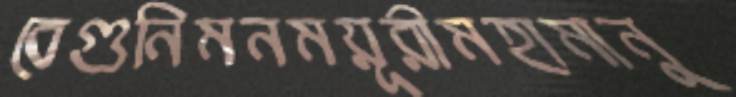
বেগুনিমনময়ূরীমহামানু